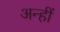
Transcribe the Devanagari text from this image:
अन्हीं